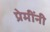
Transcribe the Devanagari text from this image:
प्रेमींनी